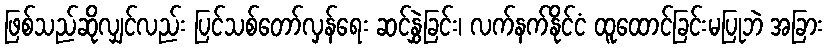
ဖြစ်သည်ဆိုလျှင်လည်း ပြင်သစ်တော်လှန်ရေး ဆင်နွှဲခြင်း၊ လက်နက်နိုင်ငံ ထူထောင်ခြင်းမပြုဘဲ အခြား